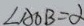
\angle A O B = \alpha